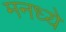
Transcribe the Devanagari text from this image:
मनध्ये